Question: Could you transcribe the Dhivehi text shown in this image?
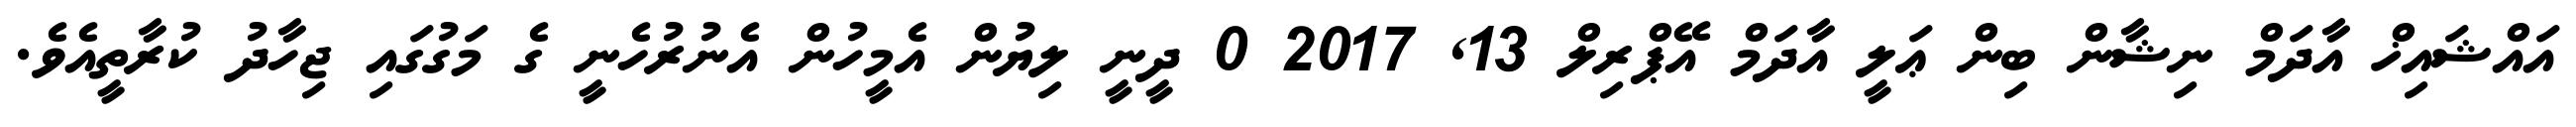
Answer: އައްޝައިޚް އާދަމް ނިޝާން ބިން ޢަލީ އާދަމް އޭޕްރިލް 13, 2017 0 ދީނީ ލިޔުން އެމީހުން އެނުރުހެނީ ގެ މަގުގައި ޖިހާދު ކުރާތީއެވެ.